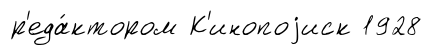
р'еда́ктором К'инопоjиск 1928